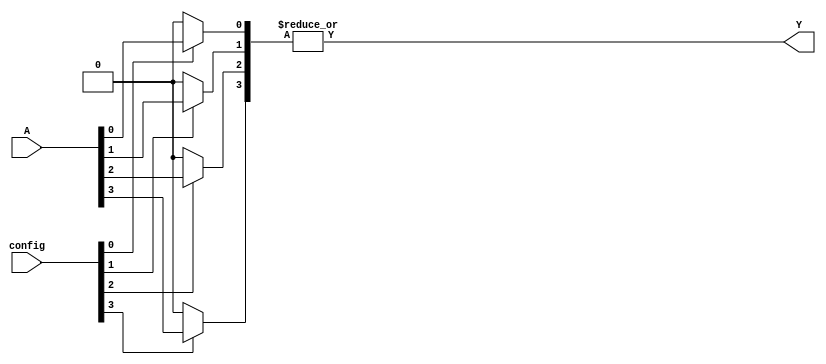
module CLB #(
    parameter NUM_INPUTS = 4,   // Number of inputs (A, B, C, D)
    parameter NUM_OUTPUTS = 1,   // Number of outputs (Y)
    parameter SRAM_SIZE = 16      // Size of SRAM cells (for example)
)(
    input wire [NUM_INPUTS-1:0] A,        // Input lines
    input wire [SRAM_SIZE-1:0] config,    // SRAM configuration bits
    output wire [NUM_OUTPUTS-1:0] Y       // Output line
);

    // Internal signals
    wire [NUM_INPUTS-1:0] mux_out;         // MUX output
    wire [NUM_INPUTS-1:0] selected_inputs; // Selected inputs based on SRAM config

    // MUX logic to select inputs based on SRAM configuration
    genvar i;
    generate
        for (i = 0; i < NUM_INPUTS; i = i + 1) begin : mux_gen
            assign selected_inputs[i] = (config[i] == 1'b1) ? A[i] : 1'b0; // Connect input if SRAM bit is 1
        end
    endgenerate

    // Logic function implementation
    assign mux_out = selected_inputs;

    // Output logic (can be modified to implement different functions)
    assign Y = |mux_out; // Example: OR function of selected inputs

endmodule